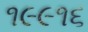
૧૯૯૧૬